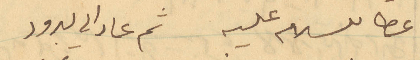
عطا للسلام عليه ثم عاد الى يبرود